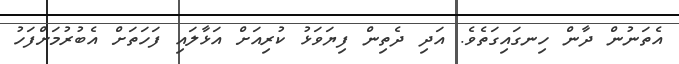
އެތަނުން ދާން ހިނގައިގަތެވެ. އަދި ދެތިން ފިޔަވަޅު ކުރިއަށް އަޅާލައި ފަހަތަށް އެބުރުމަށްފަހު